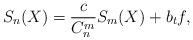
LaTeX: \begin{align*}S_n (X) = \frac{c}{C^m_n} S_m (X) + b_t f ,\end{align*}